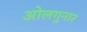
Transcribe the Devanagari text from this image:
ओलगुनार